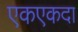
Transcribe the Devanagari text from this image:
एकएकदा